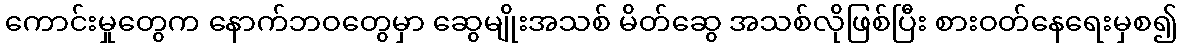
ကောင်းမှုတွေက နောက်ဘဝတွေမှာ ဆွေမျိုးအသစ် မိတ်ဆွေ အသစ်လိုဖြစ်ပြီး စားဝတ်နေရေးမှစ၍